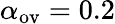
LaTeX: \alpha_{\mathrm{ov}}=0.2